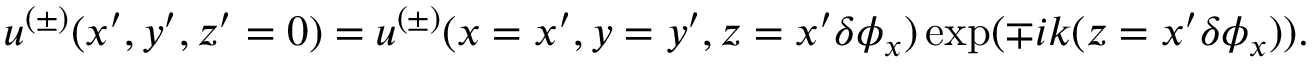
u ^ { ( \pm ) } ( x ^ { \prime } , y ^ { \prime } , z ^ { \prime } = 0 ) = u ^ { ( \pm ) } ( x = x ^ { \prime } , y = y ^ { \prime } , z = x ^ { \prime } \delta \phi _ { x } ) \exp ( \mp i k ( z = x ^ { \prime } \delta \phi _ { x } ) ) .